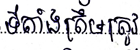
ទីតាំងត្រឹមត្រូវ